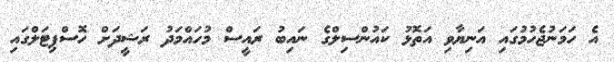
އެ ހަމަނުޖެހުމުގައި އަނިޔާވި އަތޮޅު ކައުންސިލްގެ ނައިބު ރައީސް މުހައްމަދު ރަޝީދަށް ހޮސްޕިޓަލްގައި